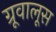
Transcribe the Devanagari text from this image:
ग्रूवालूस